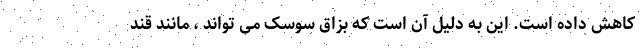
کاهش داده است. این به دلیل آن است که بزاق سوسک می تواند ، مانند قند